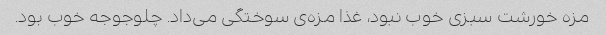
مزه خورشت سبزی خوب نبود، غذا مزه‌ی سوختگی می‌داد. چلوجوجه خوب بود.